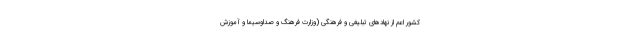
کشور اعم از نهادهای تبلیغی و فرهنگی (وزارت فرهنگ و صداوسیما و آموزش